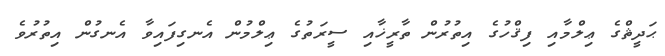
ޙަދީޘްގެ ޢިލްމާއި ފިޤްހުގެ އިތުރުން ތާރީޚާއި ސީރަތުގެ ޢިލްމުން އެނގިފައިވާ އެނގުން އިތުރުވެ